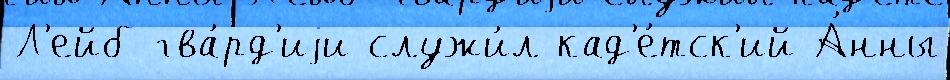
Л'ейб-гва́рд'иjи служи́л кад'е́тск'ий А́нны